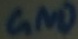
Text: GND